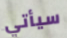
سيأتي